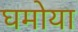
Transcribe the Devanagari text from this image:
घमोया